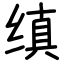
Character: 缜